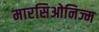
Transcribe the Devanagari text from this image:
मारसिओनिज्म